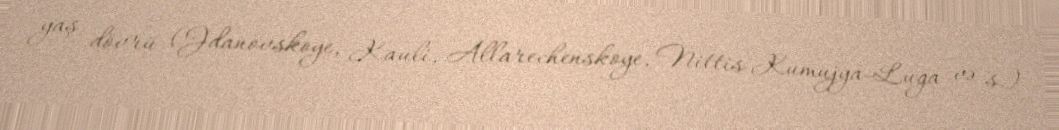
yaş dövrü (Jdanovskoye, Kauli, Allarechenskoye, Nittis-Kumujya-Luga və s.)